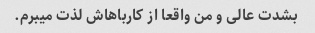
بشدت عالی و من واقعا از کارباهاش لذت میبرم.